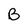
Character: B